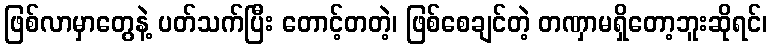
ဖြစ်လာမှာတွေနဲ့ ပတ်သက်ပြီး တောင့်တတဲ့၊ ဖြစ်စေချင်တဲ့ တဏှာမရှိတော့ဘူးဆိုရင်၊